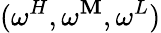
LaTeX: (\omega^{H},\omega^{\mathbf{M}},\omega^{L})